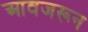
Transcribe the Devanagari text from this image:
आवजरून